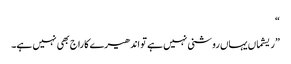
“
”ریشماں یہاں روشنی نہیں ہے تو اندھیرے کا راج بھی نہیں ہے۔